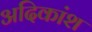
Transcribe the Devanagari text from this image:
अदिकांश